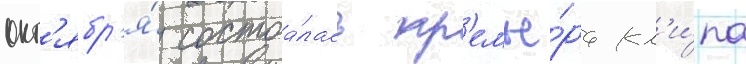
окт'ябр'я́ состоа́лась пр'емье́ра кл'и́па